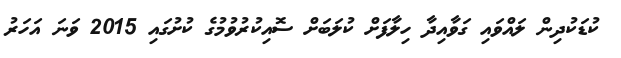
ކުޑަކުދިން ލައްވައި ގަވާއިދާ ހިލާފަށް ކުލަބަށް ސޮއިކުރުވުމުގެ ކުށުގައި 2015 ވަނަ އަހަރު